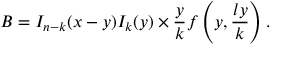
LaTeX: B = I _ { n - k } ( x - y ) I _ { k } ( y ) \times \frac { y } { k } f \left( y , \frac { l y } { k } \right) .